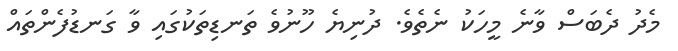
މެދު ދެބަސް ވާނެ މީހަކު ނެތެވެ. ދުނިޔެ ހޫނުވެ ތަނޑިތަކުގައި ވާ ގަނޑުފެންތައް